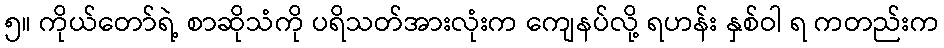
၅။ ကိုယ်တော်ရဲ့ စာဆိုသံကို ပရိသတ်အားလုံးက ကျေနပ်လို့ ရဟန်း နှစ်ဝါ ရ ကတည်းက